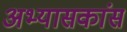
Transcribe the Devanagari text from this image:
अभ्यासकांस